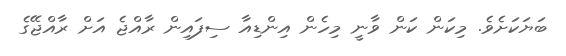
ބަޔަކަށެވެ. މިކަން ކަން ވާނީ މިހެން އިންޑިއާ ސިފައިން ރާއްޖެ އަށް ރާއްޖޭގެ